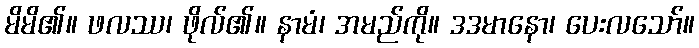
မိမိ၏။ ဖလဿ၊ ဖိုလ်၏။ နာမံ၊ အမည်ကို။ ဒဒမာနော၊ ပေးလသော်။